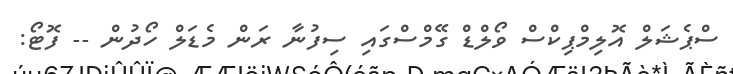
ސްޕެޝަލް އޮލިމްޕިކްސް ވޯލްޑް ގޭމްސްގައި ސިފުނާ ރަން މެޑަލް ހޯދުން -- ފޮޓޯ: